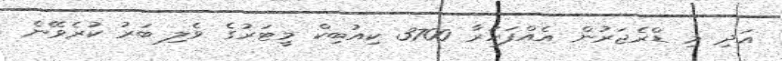
އަދި މި ޑްރެޖަރުން އެއްފަހަރާ 3700 ކިއުބިކް މީޓަރުގެ ވެލި ބަރު ކުރެވޭނެ